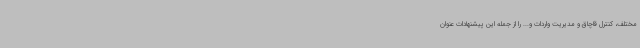
مختلف، کنترل قاچاق و مدیریت واردات و... را از جمله این پیشنهادات عنوان